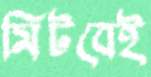
মিটবেই